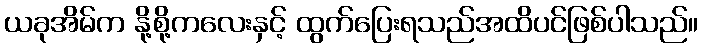
ယခုအိမ်က နို့စို့ကလေးနှင့် ထွက်ပြေးရသည်အထိပင်ဖြစ်ပါသည်။